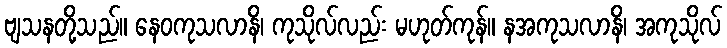
ဗျသနတို့သည်။ နေဝကုသလာနိ၊ ကုသိုလ်လည်း မဟုတ်ကုန်။ နအကုသလာနိ၊ အကုသိုလ်